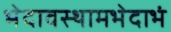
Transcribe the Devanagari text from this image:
भेदावस्थामभेदाभं